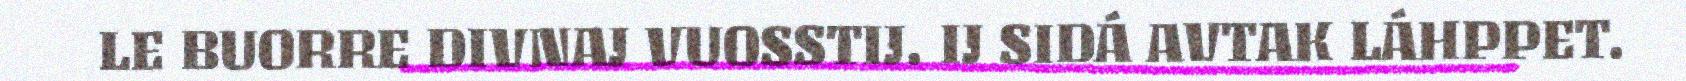
LE BUORRE DIVNAJ VUOSSTIJ. IJ SIDÁ AVTAK LÁHPPET.